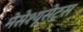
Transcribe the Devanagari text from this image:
मेसेश्यूसेट्स